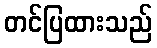
တင်ပြထားသည်